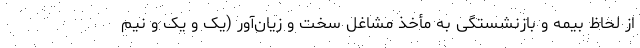
از لحاظ بیمه و بازنشستگی به مأخذ مشاغل سخت و زیان‌آور (یک و یک و نیم